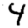
Digit: 4